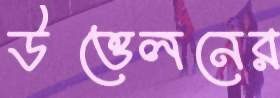
উত্তেলনের